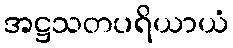
အဋ္ဌသတပရိယာယံ